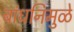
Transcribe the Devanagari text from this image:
बांधनिमुळे